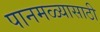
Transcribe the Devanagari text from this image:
पानमळ्यासाठी